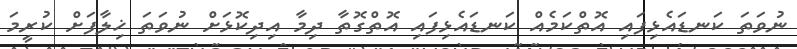
ނުވަތަ ކަނޑައެޅިފައި އޮތްކަމެއް ކަނޑައެޅިފައި އޮތްގޮތާ ދިމާ އިދިކޮޅަށް ނުވަތަ ޚިލާފަށް ކުރީމަ